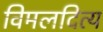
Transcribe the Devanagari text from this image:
विमलदित्य